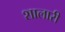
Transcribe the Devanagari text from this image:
शालारी